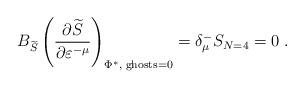
LaTeX: \begin{align*}B_{\widetilde{S}}\left( \frac{\partial \widetilde{S}}{\partial \varepsilon^{-\mu }}\right) _{\Phi ^{*},\;\mathrm{ghosts}=0}=\delta _\mu^{-}S_{N=4}=0\;. \end{align*}